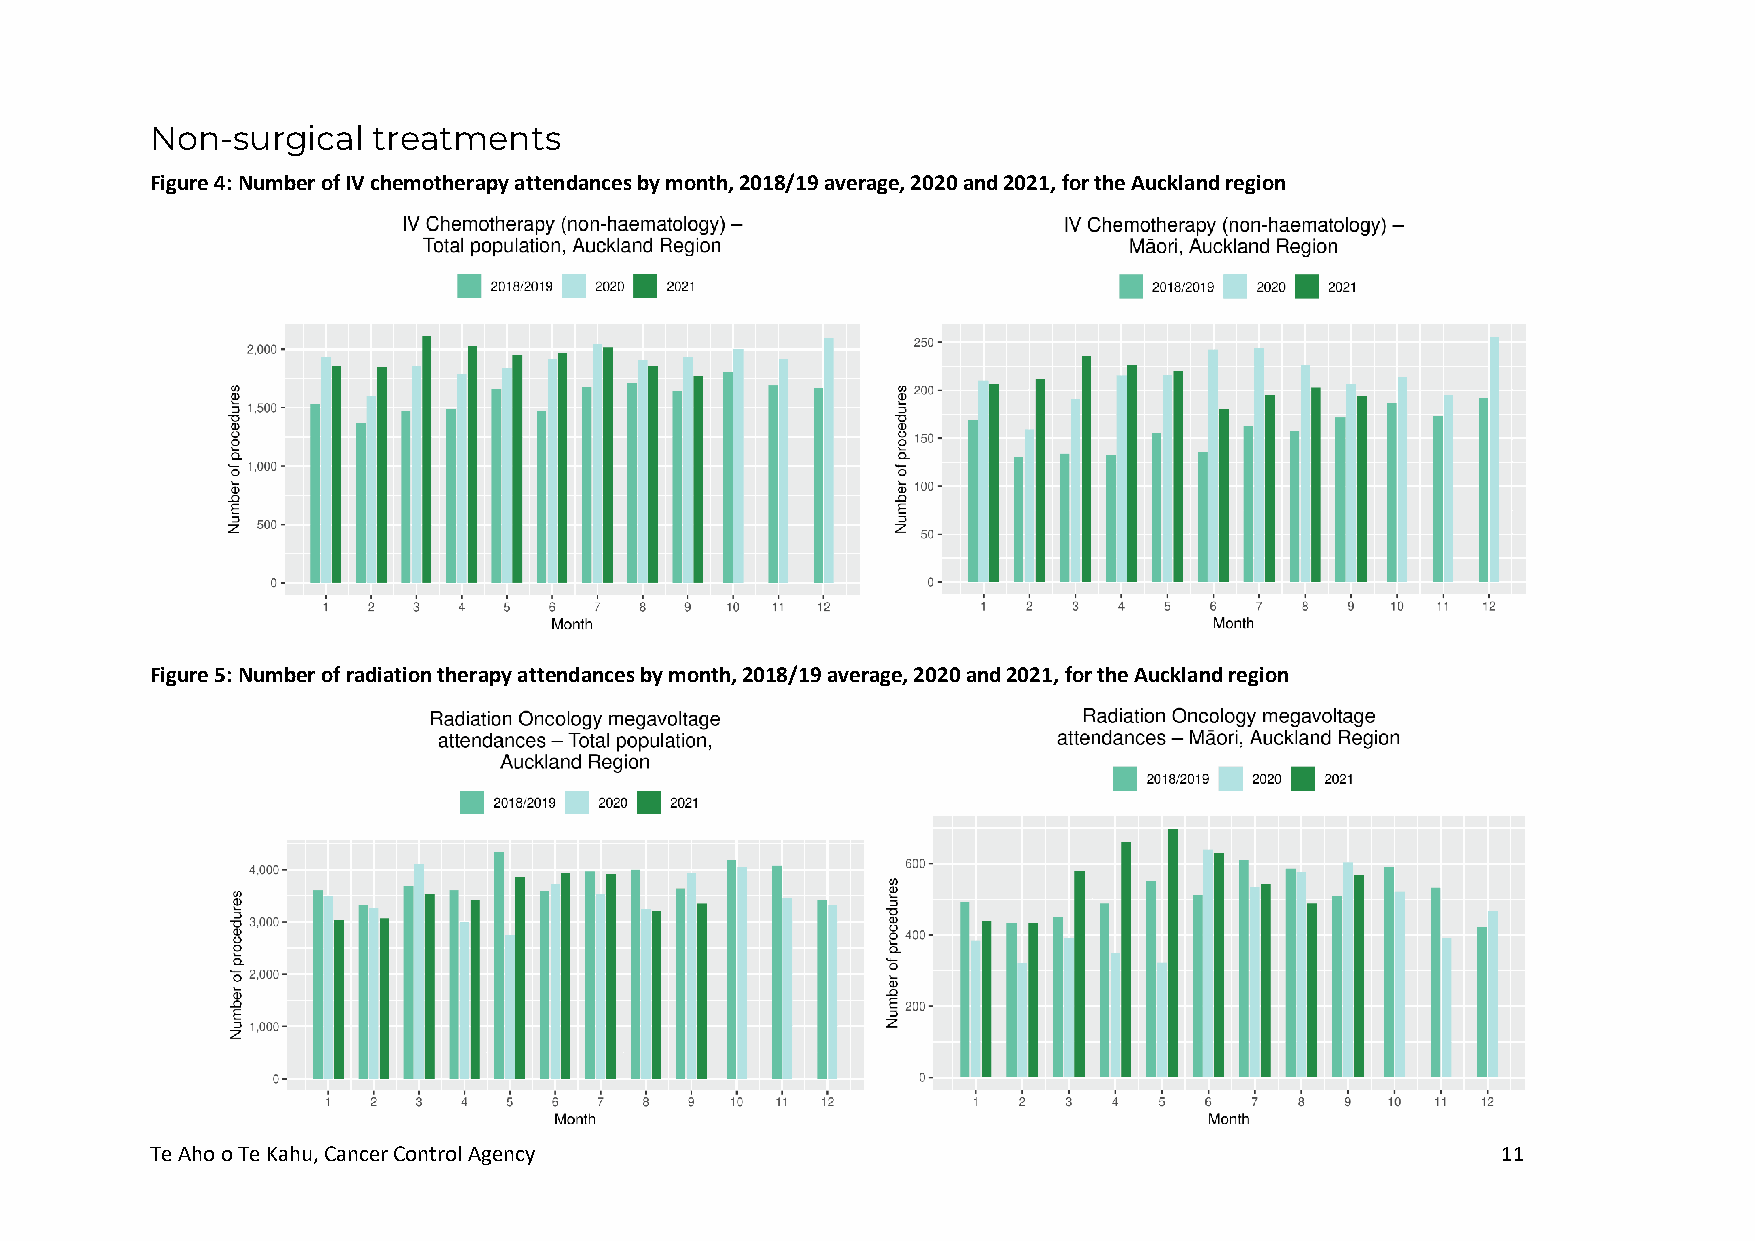
Non-surgical   treatments
 Figure 4: Number of IV chemotherapy attendances by month, 2018/19 average, 2020 and 2021, for the Auckland region
 Figure 5: Number of radiation therapy attendances by month, 2018/19 average, 2020 and 2021, for the Auckland region
 Te Aho o Te Kahu, Cancer Control Agency                                                  11